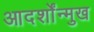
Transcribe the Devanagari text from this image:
आदर्शोंन्मुख